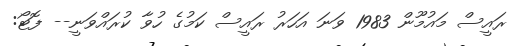
ރައީސް މައުމޫން 1983 ވަނަ އަހަރު ރައީސް ކަމުގެ ހުވާ ކުރައްވަނީ-- ފޮޓޯ: